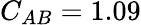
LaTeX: C_{AB}=1.09